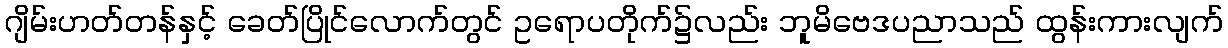
ဂျိမ်းဟတ်တန်နှင့် ခေတ်ပြိုင်လောက်တွင် ဥရောပတိုက်၌လည်း ဘူမိဗေဒပညာသည် ထွန်းကားလျက်